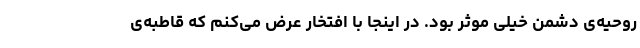
روحیه‌ی دشمن خیلی موثر بود. در اینجا با افتخار عرض می‌کنم که قاطبه‌ی